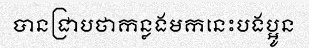
បានជ្រាបថាកន្លងមកនេះបងប្អូន